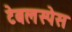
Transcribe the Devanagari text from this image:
टेबलस्पेस